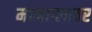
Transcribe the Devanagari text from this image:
मानाग्लावर